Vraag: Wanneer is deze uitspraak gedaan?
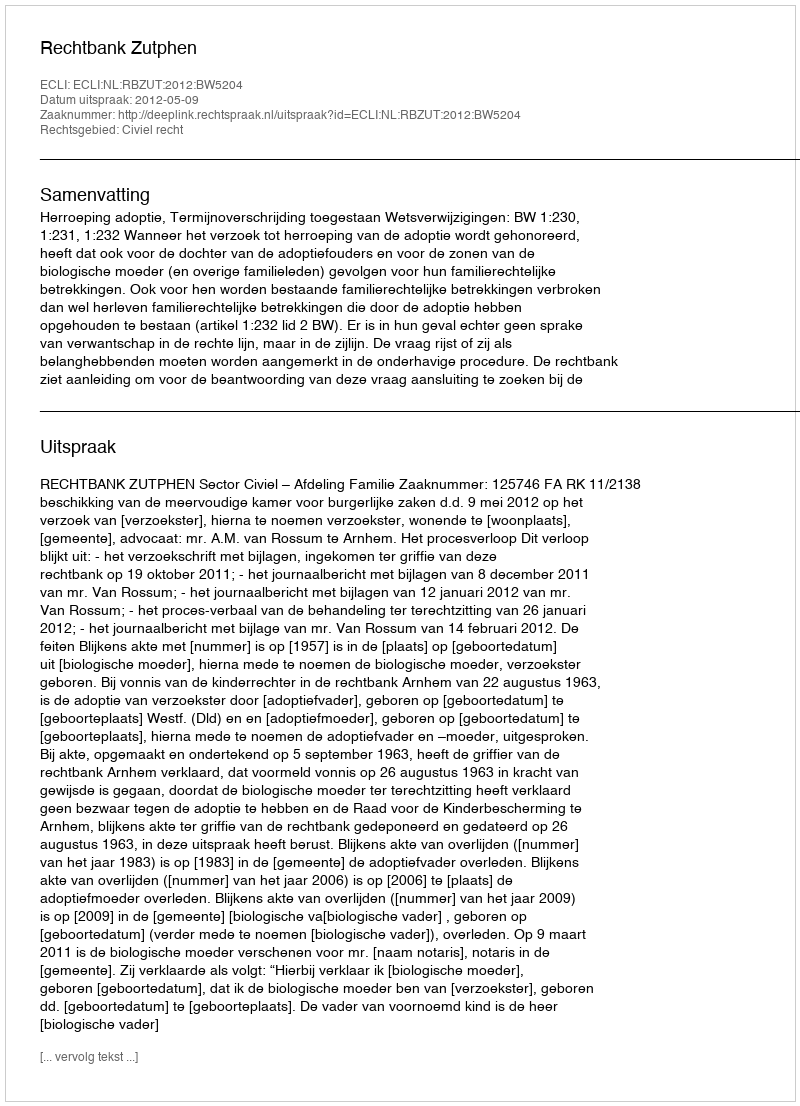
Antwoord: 2012-05-09